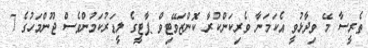
ތެރީސާ މޭ ވިދާޅުވީ އެކަމަނާ ވެރިކަންކުރާ ކޮންޒަވޭޓިވް ޕާޓީގެ ލީޑަރުކަމުންވެސް ޖޫންމަހުގެ 7